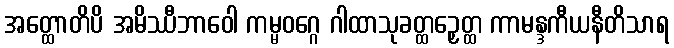
အတ္ထောတိပိ အမိဿီဘာဝေါ ကမ္မဝဂ္ဂေ ဂါထာသုခတ္ထဉှေတ္ထ ကာမန္ဒကီယနီတိသာရ